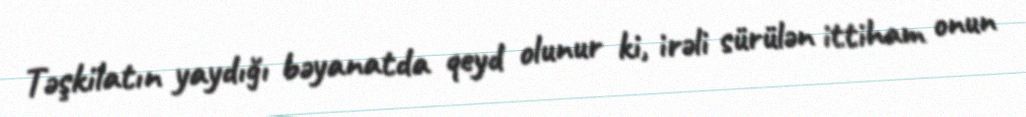
Təşkilatın yaydığı bəyanatda qeyd olunur ki, irəli sürülən ittiham onun